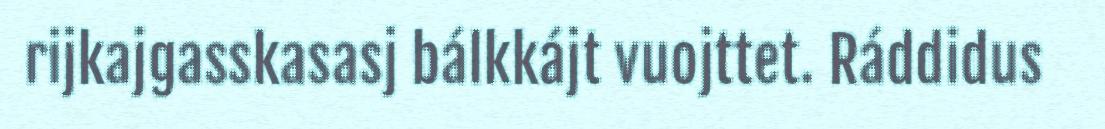
rijkajgasskasasj bálkkájt vuojttet. Ráddidus